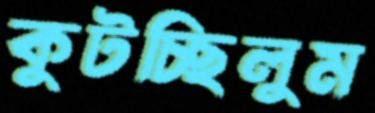
কুটচ্ছিলুম